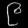
Digit: ၉